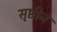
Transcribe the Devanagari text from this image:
सृष्टीने